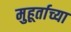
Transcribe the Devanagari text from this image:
मुहूर्ताच्या